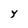
Character: Y